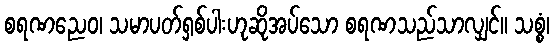
စရဏညေဝ၊ သမာပတ်ရှစ်ပါးဟုဆိုအပ်သော စရဏသည်သာလျှင်။ သစ္စံ၊